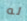
له